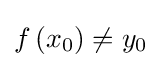
f\left(x_{0}\right)\neq y_{0}